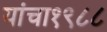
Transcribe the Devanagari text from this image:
यांचा१९८८